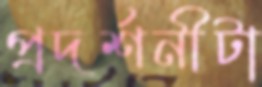
প্রদর্শনীটা